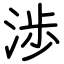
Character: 渉